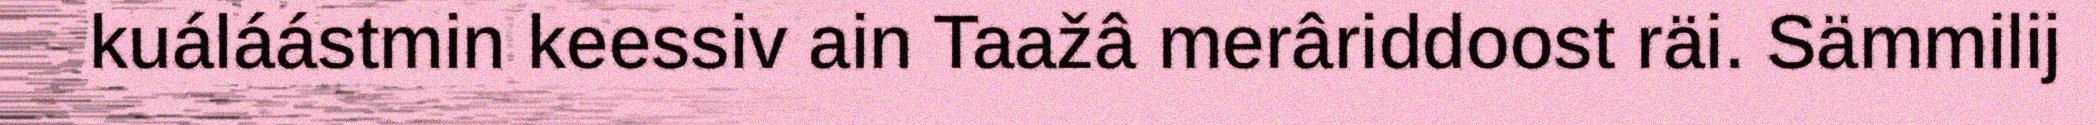
kuáláástmin keessiv ain Taažâ merâriddoost räi. Sämmilij